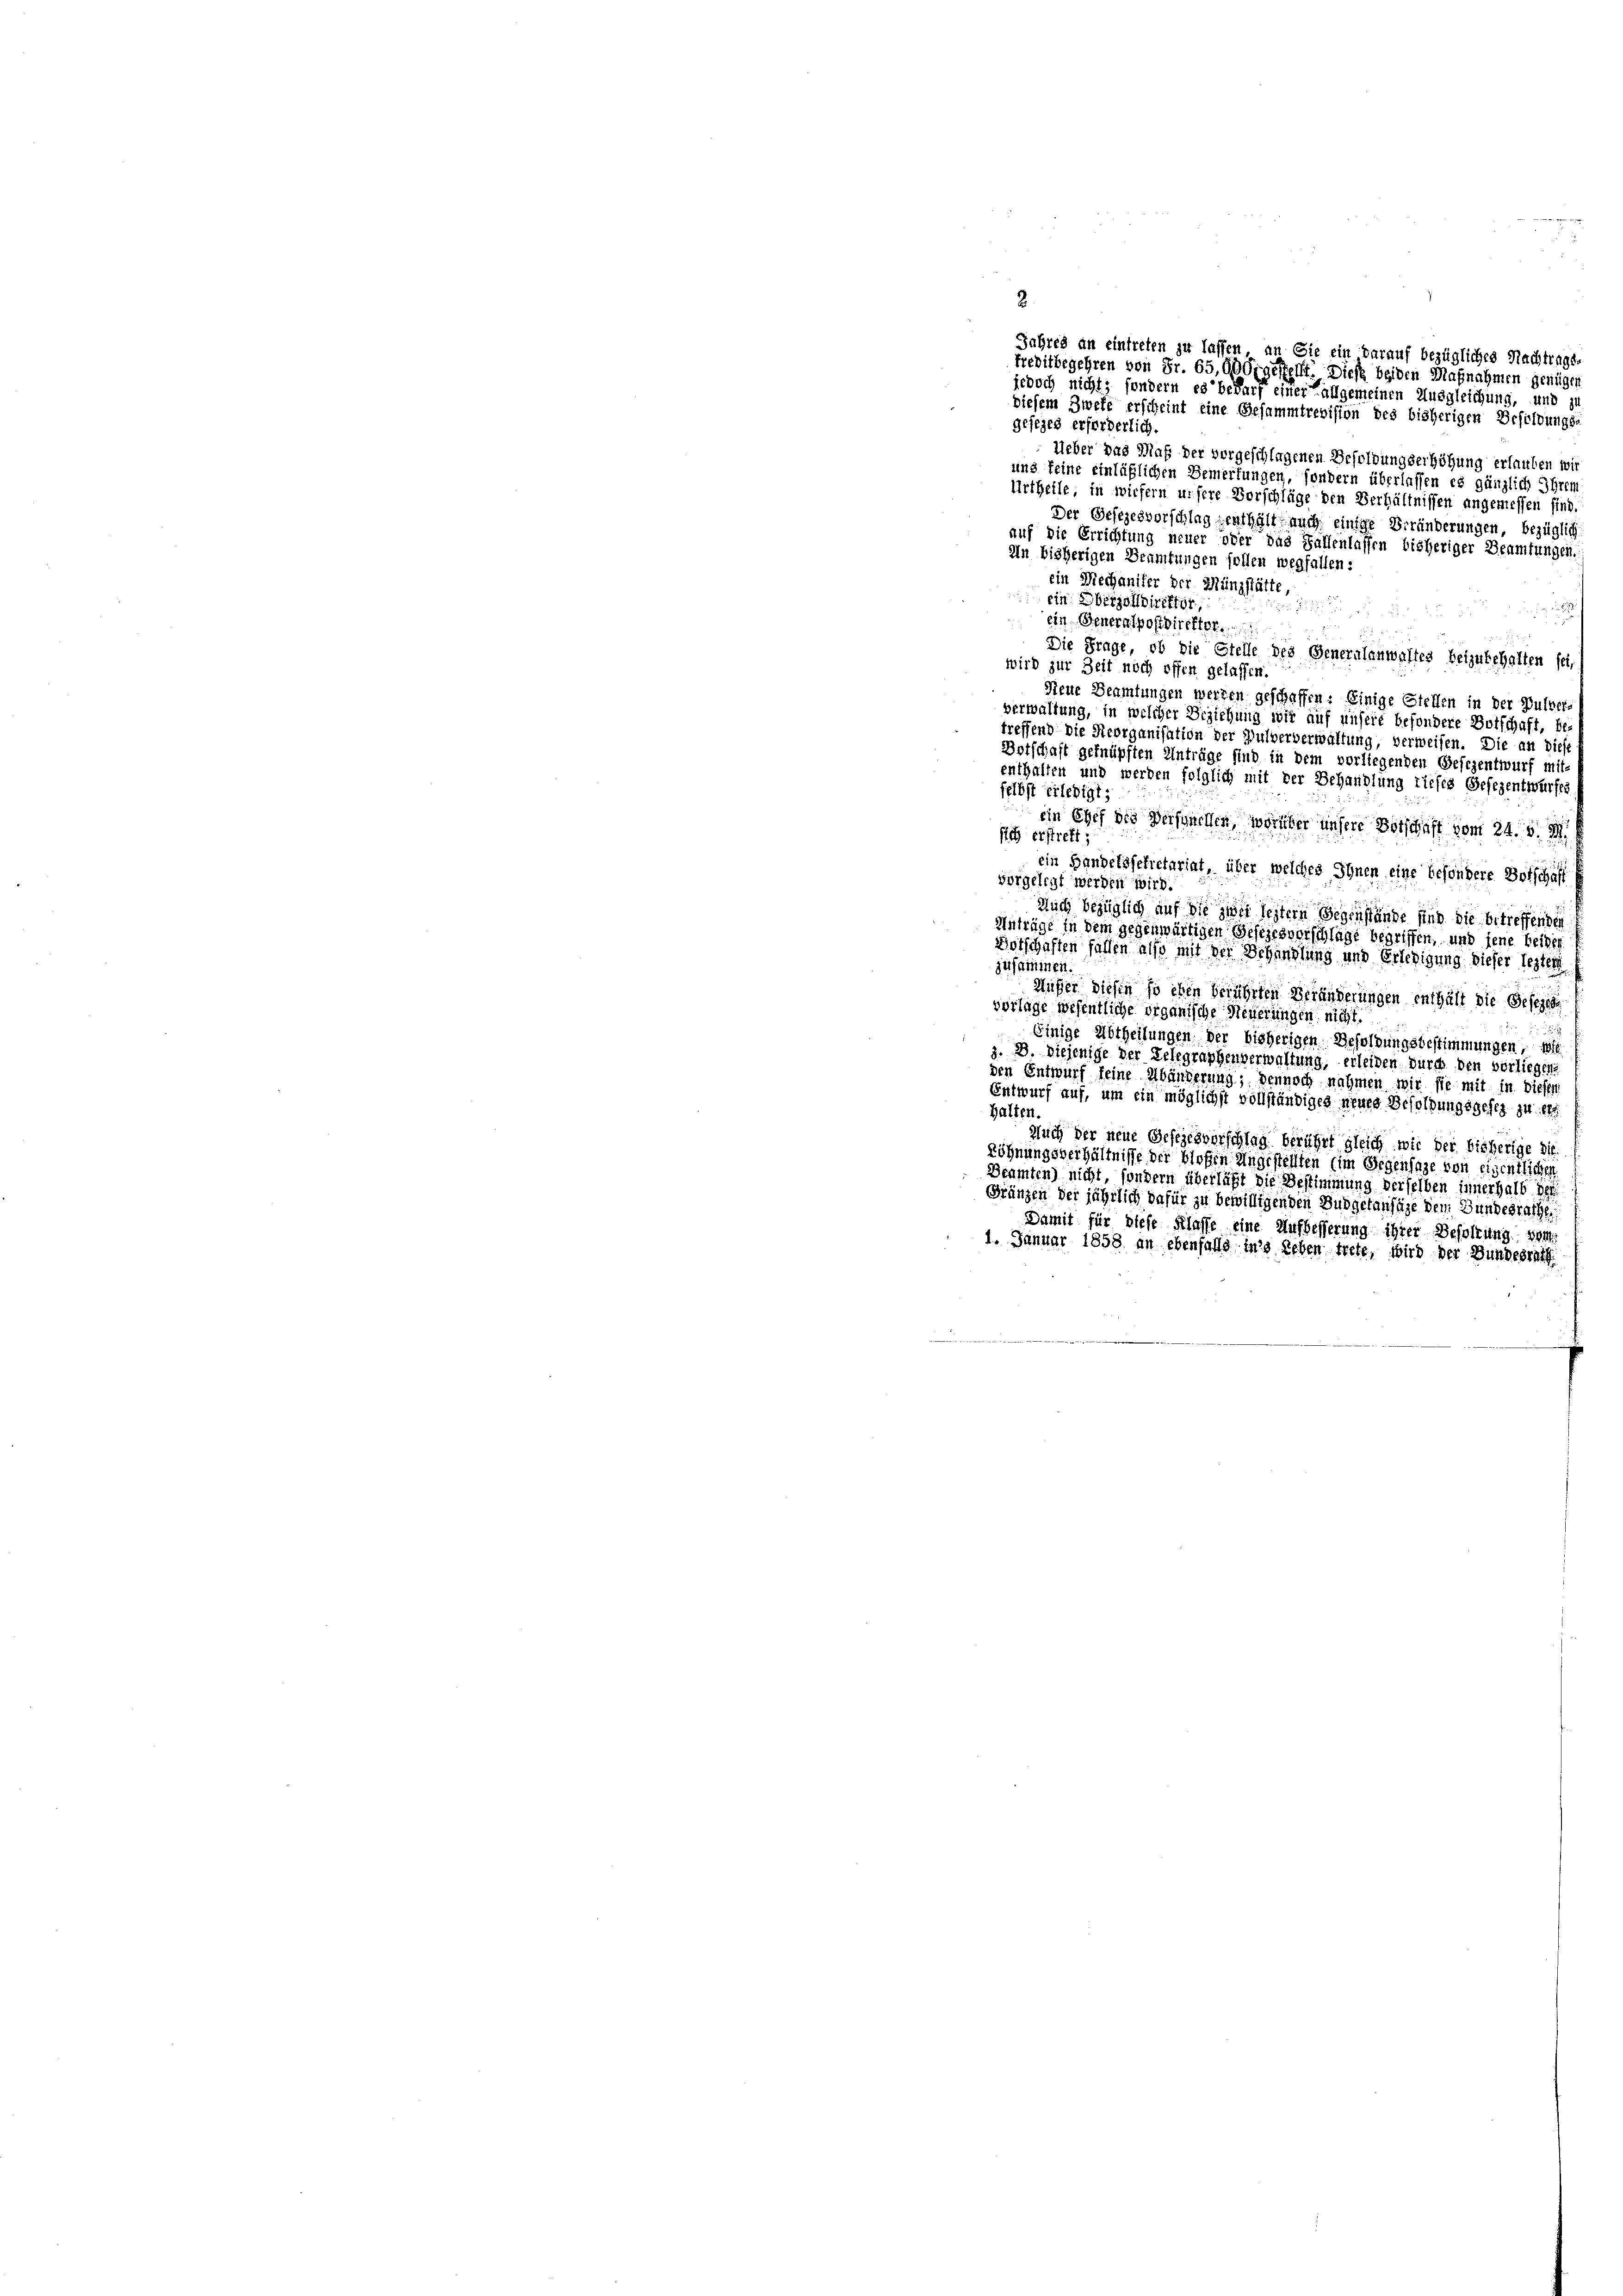
diesem Zweke erscheint eine Gesammtrevision des bisherigen Besoldungsa
gefiges erforderlich.
Ueber das Maß der vorgeschlagenen Besoldungserhöhung erlauben wir
und keine einläßlichen Bemerkungen, sondern überlassen es gänzlich Ihrem
Urtheile, in wiefern unsere Vorschläge den Verhältnissen angemessen sind
Der Gesezesvorschlag enthält, auch einige Veränderungen, bezüglich
auf die Errichtung neuer oder das Fallenlassen bisheriger Beamtungen
In bisherigen Beamtungen sollen wegfallen:
ein Mechaniker der Münzstätte,
 ein Oberzolldirektor,

 ein Generalpostdirektor.
Die Frage, ob die Stelle des Generalanwaltes beizubehalten sei,
wird zur Zeit noch offen gelassen.
Neue Beamtungen werden geschaffen: Einige Stellen in der Pulver-
verwaltung, in welcher Beziehung wir auf unsere besondere Botschaft, be
treffend die Reorganisation der Pulververwaltung, verweisen. Die an diese
Botschaft geknüpften Anträge sind in dem vorliegenden Befezentwurf mit-
felbst erledigt;
ein Chef des Verschnellen, worüber unsere Vorschaft vom 24. d. M.
sich erstrett;
ein Handelssekretariat, über welches Ihnen eine besondere Botschaft
vorgelegt werden wird.
Auch bezüglich auf die zwei leitern Gegenstände sind die betreffenden
Anträge in dem gegenwärtigen Gesezesvorschläge begriffen, und jene beider
Wotschaften fallen also mit der Behandlung und Erledigung dieser lezter
zusammen.
Müsser diesen so eben berührten Veränderungen enthält die Gesezes
vorlage wesentliche Organische Neuerungen nicht
Einige Abtheilungen der bisherigen Besoldungsbestimmungen, i
z. 3. Diejenige der Telegraphenverwaltung, erleiden durch den vorliegen.
den Entwurf seine Abänderung; dennoch nahmen wir sie mit in dieser
Entwurf auf, um ein möglichst vollständiges neues Besoldungsgesez zu er
Halten.
Auch der neue Gesezesvorschlag berührt gleich wie der bisherige
Löhnungsverhältnisse der bloßen Ungestellten (im Gegensage von eigentlic
Beamten) nicht, sondern überläßt die Bestimmung derselben innerhalb s
Gränzen der jährlich dafür zu bewilligenden Budgetanfüge dem Gundesrath,
Damit für diese Klasse eine Aufbesserung ihrer Besoldung, vor
1. Januar 1858 an ebenfalls in’s Leben trete, wird der Bundesrath

Jahres an eintreten zu lassen, an Sie ein darauf bezügliches Nachtragsa
Freditbegehren von Fr. 65,000 gestellt. Dies beiden Maßnahmen genügen
jedoch nicht; sondern es bedarf einer allgemeinen Ausgleichung, und zu

enthalten und werden folglich mit der Behandlung tiefes Gefezentwurfes